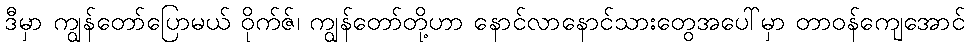
ဒီမှာ ကျွန်တော်ပြောမယ် ဝိုက်ဇ်၊ ကျွန်တော်တို့ဟာ နောင်လာနောင်သားတွေအပေါ်မှာ တာဝန်ကျေအောင်